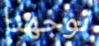
توجهنا